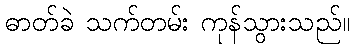
ဓာတ်ခဲ သက်တမ်း ကုန်သွားသည်။